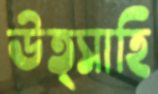
উত্সাহি